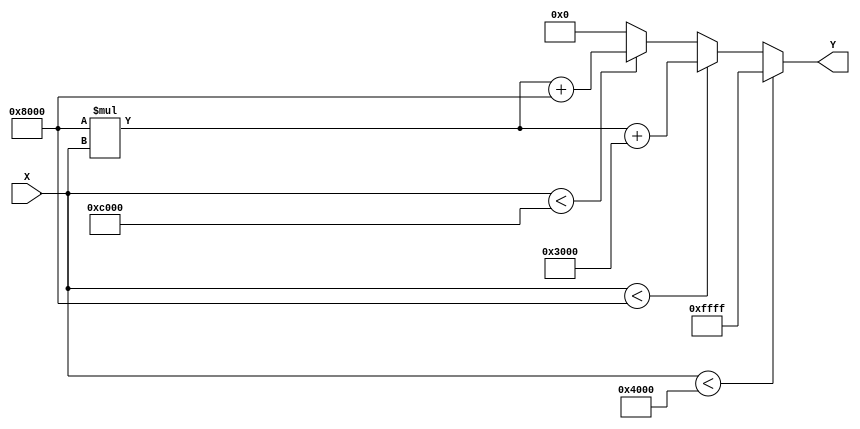
module PLA_Reciprocal (
    input wire [15:0] X, // Input: 16-bit fixed-point number (range [1, 2])
    output reg [15:0] Y  // Output: 16-bit fixed-point reciprocal
);

    // Define breakpoints and linear coefficients for the segments
    // Assuming segments for [1.0, 2.0] with breakpoints at 1.0, 1.5, and 2.0
    localparam [15:0] BP1 = 16'h4000; // 1.0 in fixed-point
    localparam [15:0] BP2 = 16'h8000; // 1.5 in fixed-point
    localparam [15:0] BP3 = 16'hC000; // 2.0 in fixed-point

    // Linear coefficients: (m, b) for each segment
    // Segment 1: [1.0, 1.5] -> Y = -2.0 * X + 3.0
    localparam [15:0] M1 = 16'h8000; // -2.0 in fixed-point
    localparam [15:0] B1 = 16'h3000; // 3.0 in fixed-point

    // Segment 2: [1.5, 2.0] -> Y = 2.0 * X - 2.0
    localparam [15:0] M2 = 16'h8000; // 2.0 in fixed-point
    localparam [15:0] B2 = 16'h8000; // -2.0 in fixed-point

    always @(*) begin
        if (X < BP1) begin
            Y = 16'hFFFF; // Output undefined for X < 1.0
        end else if (X < BP2) begin
            // Segment 1: [1.0, 1.5]
            Y = (M1 * X) + B1; // Y = -2.0 * X + 3.0
        end else if (X < BP3) begin
            // Segment 2: [1.5, 2.0]
            Y = (M2 * X) + B2; // Y = 2.0 * X - 2.0
        end else begin
            Y = 16'h0000; // Output undefined for X >= 2.0
        end
    end

endmodule